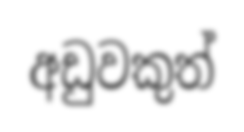
අඩුවකුත්